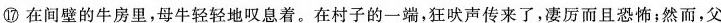
⑰在间壁的牛房里，母牛轻轻地叹息着。在村子的一端，狂欧声传来了，凄厉而且恐怖；然而，父